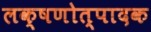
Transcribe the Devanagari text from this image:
लक्षणोत्पादक